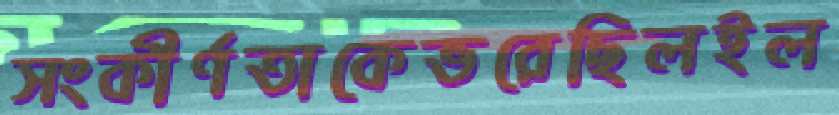
সংকীর্ণতাকেভরেছিলইল